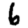
Digit: 6